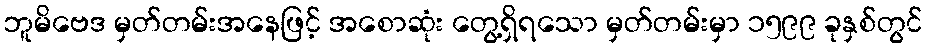
ဘူမိဗေဒ မှတ်တမ်းအနေဖြင့် အစောဆုံး တွေ့ရှိရသော မှတ်တမ်းမှာ ၁၅၉၉ ခုနှစ်တွင်